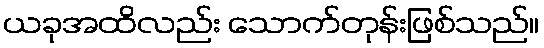
ယခုအထိလည်း သောက်တုန်းဖြစ်သည်။